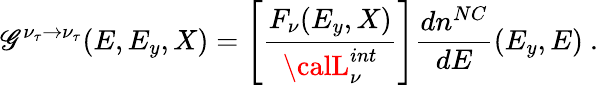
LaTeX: \mathscr{G}^{\nu_{\tau}\rightarrow\nu_{\tau}}(E,E_{y},X)=\Biggl[{\frac{{F_{\nu}(E_{y},X)}}{{{\calL}_{\nu}^{int}}}}\Biggr]{\frac{{dn^{NC}}}{{dE}}}(E_{y},E)\ .